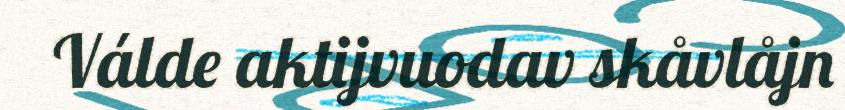
Válde aktijvuodav skåvlåjn